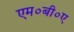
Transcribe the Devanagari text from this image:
एम०बी०ए